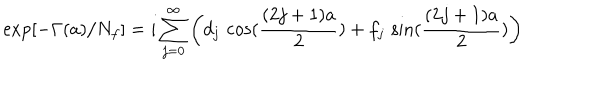
\exp \left[ - \Gamma ( a ) / N _ { f } \right] = i \sum _ { j = 0 } ^ { \infty } \left( d _ { j } \, \cos ( \frac { ( 2 j + 1 ) a } { 2 } ) + f _ { j } \, \sin ( \frac { ( 2 j + 1 ) a } { 2 } ) \right)